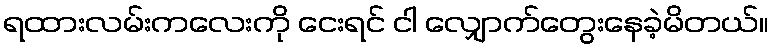
ရထားလမ်းကလေးကို ငေးရင် ငါ လျှောက်တွေးနေခဲ့မိတယ်။